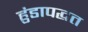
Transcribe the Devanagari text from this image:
हुंडापद्धत